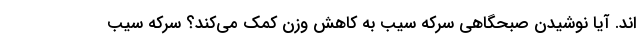
اند. آیا نوشیدن صبحگاهی سرکه سیب به کاهش وزن کمک می‌کند؟ سرکه سیب